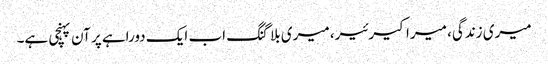
میری زندگی، میرا کیرئیر، میری بلاگنگ اب ایک دوراہے پر آن پہنچی ہے۔